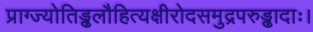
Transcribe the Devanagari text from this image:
प्राग्ज्योतिड्ढलौहित्यक्षीरोदसमुद्रपरुड्ढादाः।